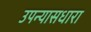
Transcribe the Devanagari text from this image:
उपन्यासधारा